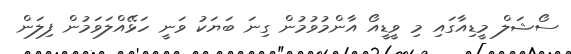
ސޯޝަލް މީޑިއާގައި މި ވީޑީއޯ އާންމުވުމުން ގިނަ ބަޔަކު ވަނީ ހަޅޭއްލަވަމުން ފިލަން